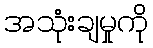
အသုံးချမှုကို